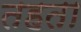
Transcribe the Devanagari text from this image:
तहता